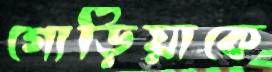
গোড়িয়াকে